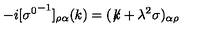
- i [ { \sigma ^ { 0 } } ^ { - 1 } ] _ { \rho \alpha } ( k ) = ( \not \! k + \lambda ^ { 2 } \sigma ) _ { \alpha \rho }